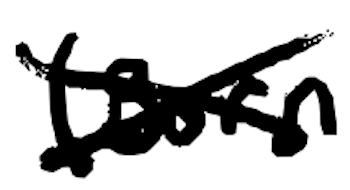
Text: (born
Cross-out: cross
Writing tool: digital_black